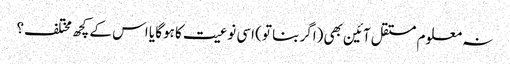
نہ معلوم مستقل آئین بھی (اگر بنا تو) اسی نوعیت کا ہوگا یا اس کے کچھ مختلف؟